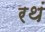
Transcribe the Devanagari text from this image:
रथं